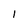
Character: I